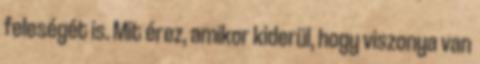
feleségét is. Mit érez, amikor kiderül, hogy viszonya van